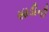
સાડીની